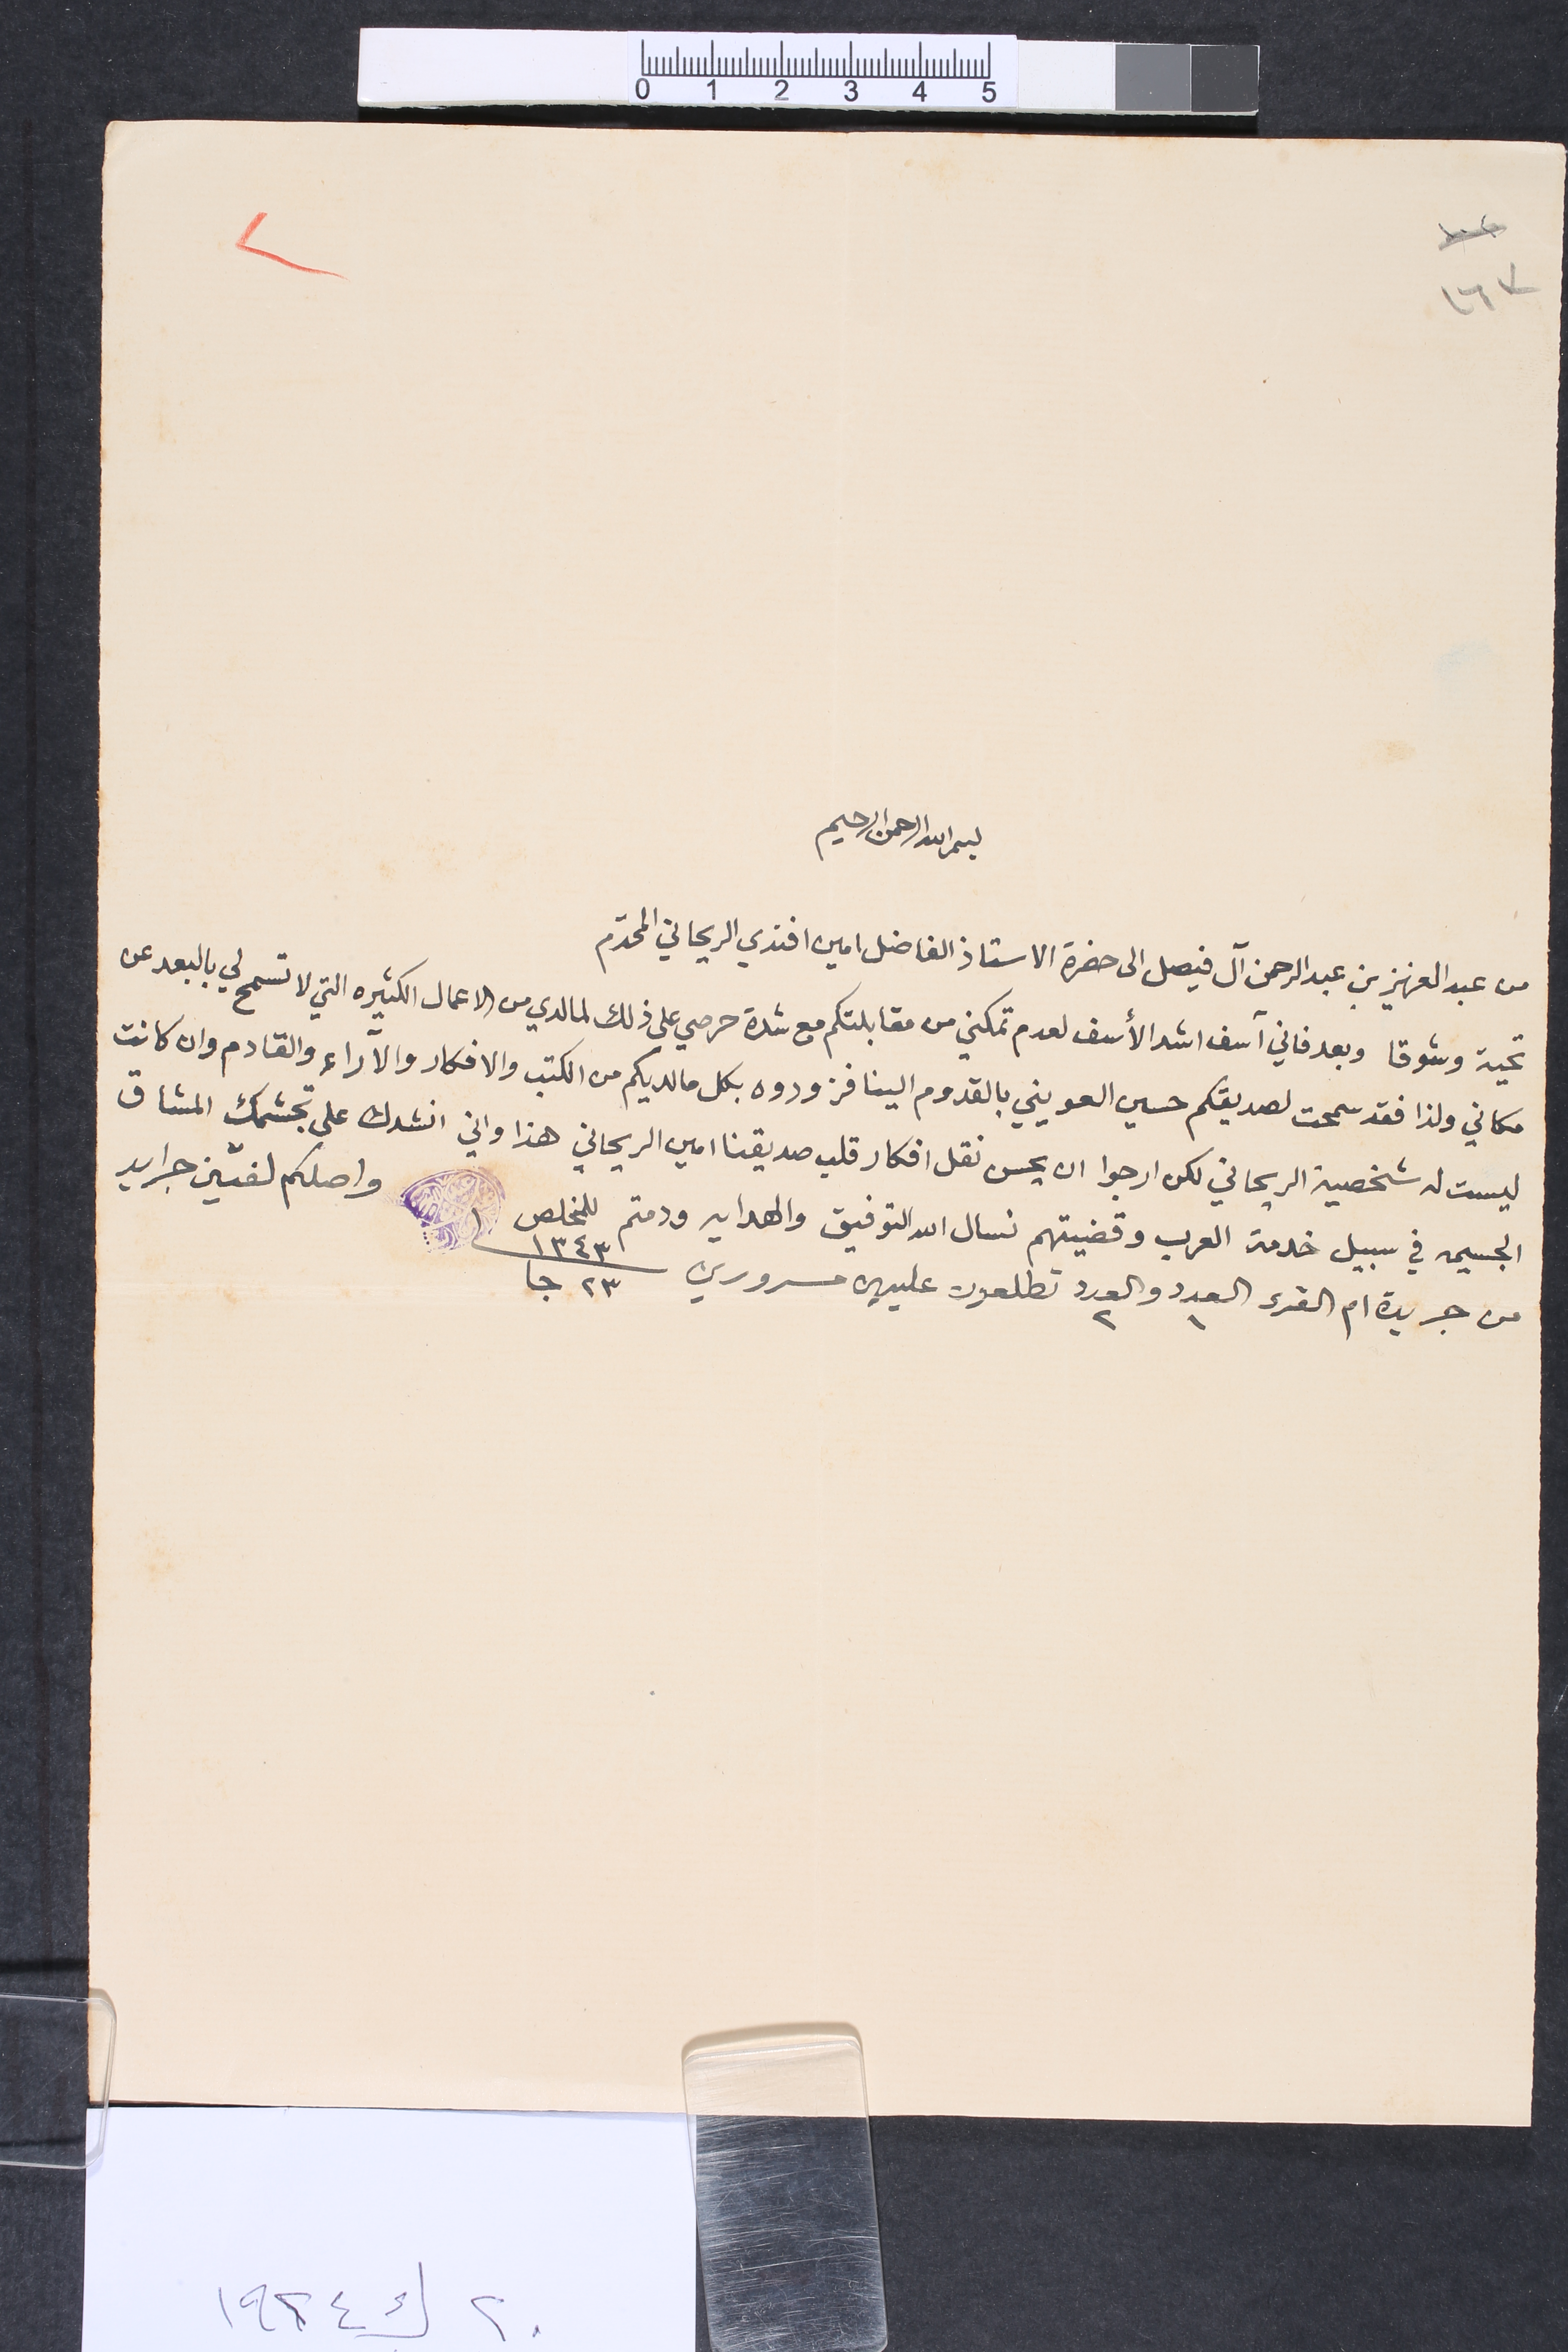
١٦٣				٢
بسم الله الرحمن الرحيم
من عبد العزيز بن عبد الرحمن آل فيصل الى حضرة الاستاذ الفاضل امين افندي الريحاني المحترم
تحية وشوقا وبعد فاني آسف اشد الأسف لعدم تمكني من مقابلتكم مع شدة حرصي على ذلك لما لدي من الاعمال الكثيرة التي لا تسمح لي بالبعد عن
مكاني ولذا فقد سمحت لصديقكم حسين العويني بالقدوم الينا فزودوه بكل ما لديكم من الكتب والافكار والاراء والقادم وان كانت
ليست له شخصية الريحاني لكن ارجوا ان يحسن نقل افكار قلب صديقنا امين الريحاني هذا واني انشدك على تجشمك المشاق
الجسيمه في سبيل خدمة العرب وقضيتهم نسال الله التوفيق والهدايه ودمتم للمخلص 	١٣٤٣ ٢٣ جا
واصلكم لفتين جرايد من جريدة ام القرى العدد ١ والعدد٢ تطلعون عليهن مسرورين
٢٠ ك١ ١٩٢٤